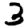
Digit: 3